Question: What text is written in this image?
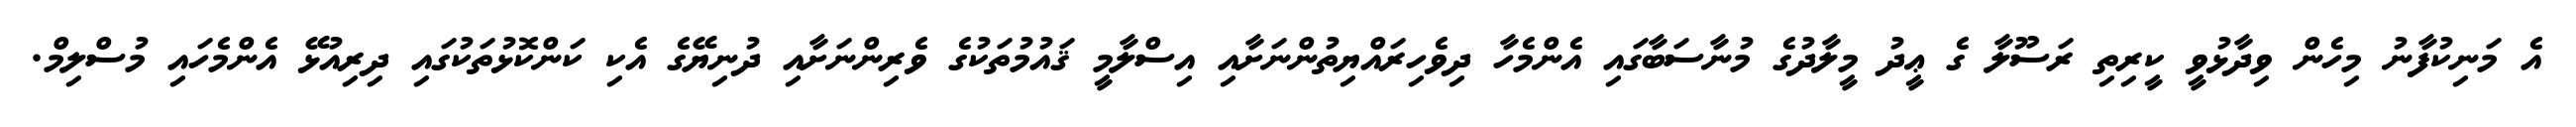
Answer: އެ މަނިކުފާނު މިހެން ވިދާޅުވީ ކީރިތި ރަސޫލާ ގެ ޢީދު މީލާދުގެ މުނާސަބާގައި އެންމެހާ ދިވެހިރައްޔިތުންނަށާއި އިސްލާމީ ޤައުމުތަކުގެ ވެރިންނަށާއި ދުނިޔޭގެ އެކި ކަންކޮޅުތަކުގައި ދިރިއުޅޭ އެންމެހައި މުސްލިމް.